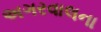
અગરવાલના